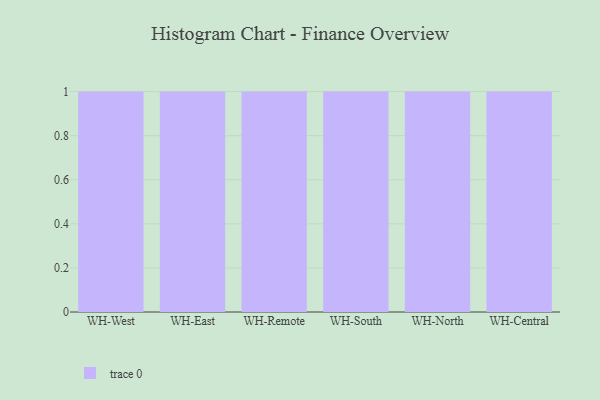
{"axis": {"x": "Warehouse", "y": "Bounce Rate (%)"}, "legend": [""], "data": [{"x": "WH-West", "y": 80, "type": ""}, {"x": "WH-East", "y": 49, "type": ""}, {"x": "WH-Remote", "y": 43, "type": ""}, {"x": "WH-South", "y": 29, "type": ""}, {"x": "WH-North", "y": 11, "type": ""}, {"x": "WH-Central", "y": 22, "type": ""}]}